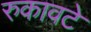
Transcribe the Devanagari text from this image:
रुकावटे